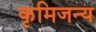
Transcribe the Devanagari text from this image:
कृमिजन्य